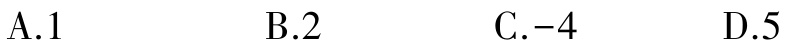
A.1

B.2

C.-4

D.5